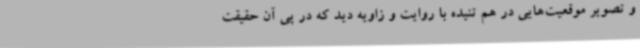
و تصویر موقعیت‌هایی در هم تنیده با روایت و زاویه دید که در پی آن حقیقت